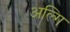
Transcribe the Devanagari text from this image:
अल्गि